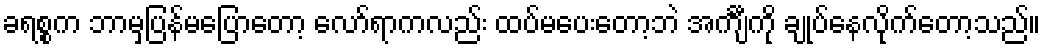
ခရစ္စက ဘာမှပြန်မပြောတော့ လော်ရာကလည်း ထပ်မပေးတော့ဘဲ အင်္ကျီကို ချုပ်နေလိုက်တော့သည်။